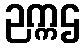
ဉက္ကဌ